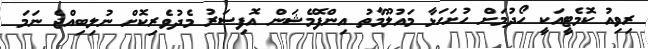
ރިވިއު ކޮމެޓީއަކީ ހޯދުމަށް ހުށަހަޅާ މައުލޫމާތު އިންފޮމޭޝަން އޮފިސަރު މެދުވެރިކޮށް ނުލިބިއްޖެ ނަމަ